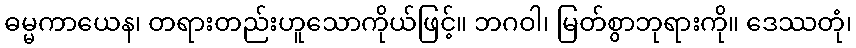
ဓမ္မကာယေန၊ တရားတည်းဟူသောကိုယ်ဖြင့်။ ဘဂဝါ၊ မြတ်စွာဘုရားကို။ ဒေဿတုံ၊